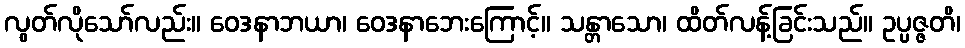
လွတ်လိုသော်လည်း။ ဝေဒနာဘယာ၊ ဝေဒနာဘေးကြောင့်။ သန္တာသော၊ ထိတ်လန့်ခြင်းသည်။ ဥပ္ပဇ္ဇတိ၊